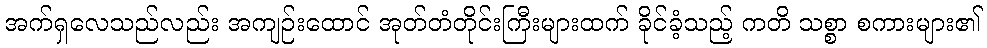
အက်ရှလေသည်လည်း အကျဉ်းထောင် အုတ်တံတိုင်းကြီးများထက် ခိုင်ခံ့သည့် ကတိ သစ္စာ စကားများ၏